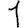
Digit: 1